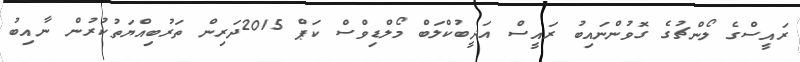
ރައީސްގެ ލޯންޗުގެ ގޮވުންނައިބު ރައީސް އަދީބުކްލަބް މޯލްޑިވްސް ކަޕް 2015ދަރިން ތަރުބިއްޔަތުކުރުން ނާއިބު